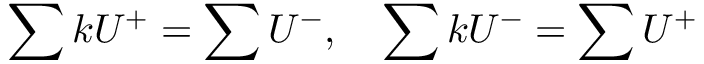
\sum k U ^ { + } = \sum U ^ { - } , ~ ~ ~ \sum k U ^ { - } = \sum U ^ { + }